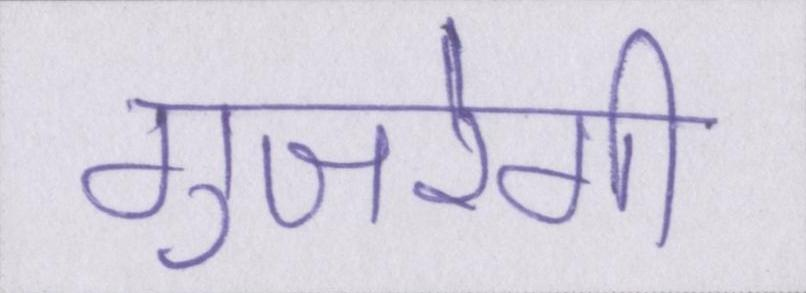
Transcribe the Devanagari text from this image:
गुजरेगी